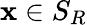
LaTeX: \mathbf{x}\in S_{R}